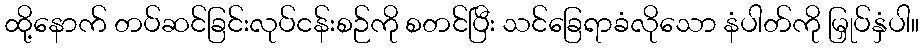
ထို့နောက် တပ်ဆင်ခြင်းလုပ်ငန်းစဉ်ကို စတင်ပြီး သင်ခြေရာခံလိုသော နံပါတ်ကို မြှုပ်နှံပါ။